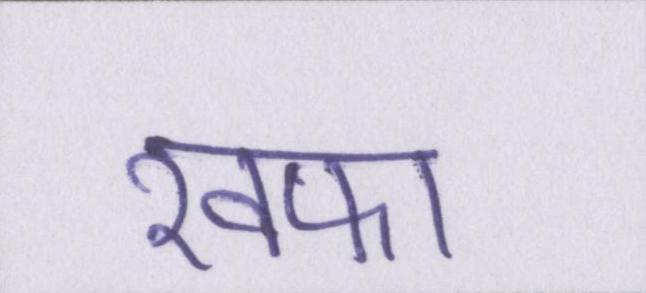
खफा